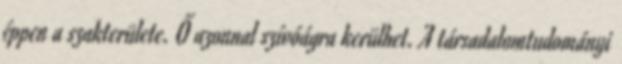
éppen a szakterülete. Ő azonnal szívóágra kerülhet. A társadalomtudományi